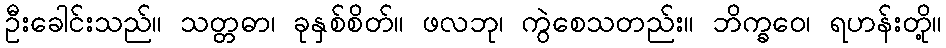
ဦးခေါင်းသည်။ သတ္တဓာ၊ ခုနှစ်စိတ်။ ဖလဘု၊ ကွဲစေသတည်း။ ဘိက္ခဝေ၊ ရဟန်းတို့။